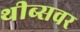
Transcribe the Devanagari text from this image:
थीब्सवर